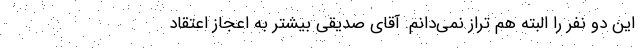
این دو نفر را البته هم تراز نمی‌دانم. آقای صدیقی بیشتر به اعجاز اعتقاد